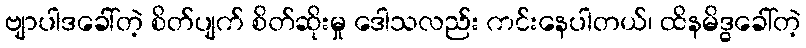
ဗျာပါဒခေါ်တဲ့ စိတ်ပျက် စိတ်ဆိုးမှု ဒေါသလည်း ကင်းနေပါတယ်၊ ထိနမိဒ္ဓခေါ်တဲ့